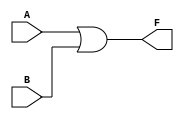
module k_map_2var (
    input wire A,  // Input A
    input wire B,  // Input B
    output wire F  // Output F
);

// Combinational logic based on K-map simplification
assign F = A | B; // F = A + B

endmodule